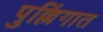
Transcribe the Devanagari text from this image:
पुल्लिंगात